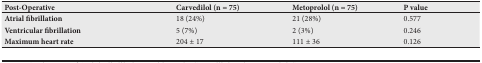
<table><thead><tr><td><b>Post-Operative</b></td><td><b>Carvedilol (n = 75)</b></td><td><b>Metoprolol (n = 75)</b></td><td><b>P value</b></td></tr></thead><tbody><tr><td><b>Atrial fibrillation</b></td><td>18 (24%)</td><td>21 (28%)</td><td>0.577</td></tr><tr><td><b>Ventricular fibrillation</b></td><td>5 (7%)</td><td>2 (3%)</td><td>0.246</td></tr><tr><td><b>Maximum heart rate</b></td><td>204 ± 17</td><td>111 ± 36</td><td>0.126</td></tr></tbody></table>